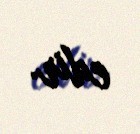
edir.